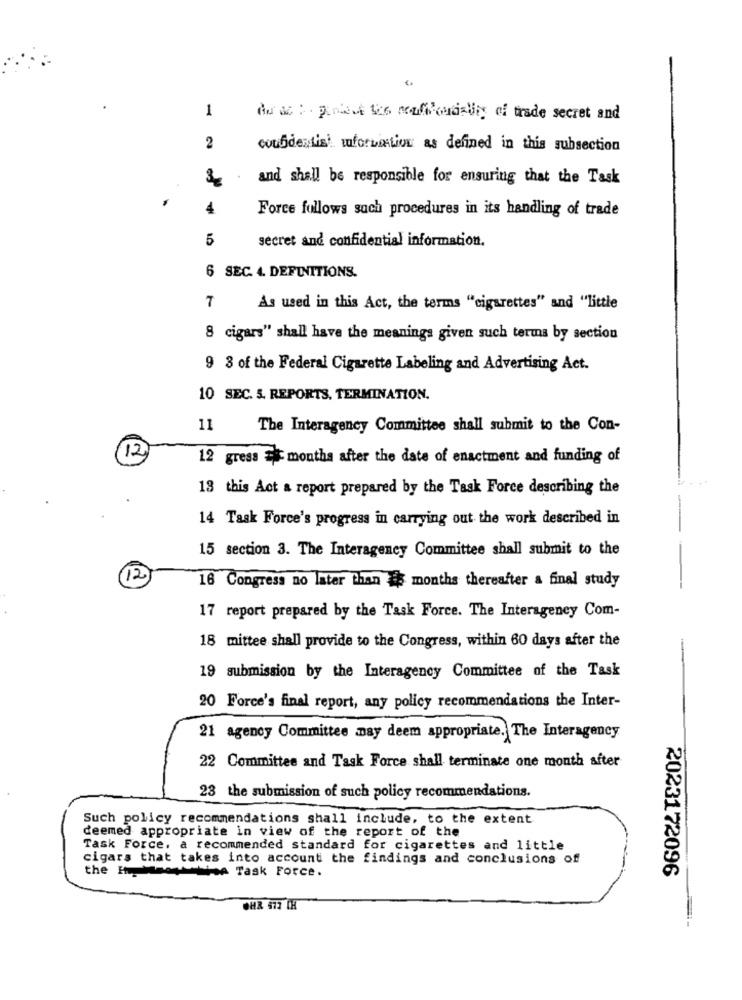
1
du ac : pendant les noufilouality of trade secret and
2
confidentisi forLiation as defined in this subsection
and shall be responsible for ensuring that the Task
4
Force follows such procedures in its handling of trade
5
secret and confidential information.
6 SEC. 4. DEFINITIONS.
7 As used in this Act, the terms "cigarettes" and "little
8 cigars" shall have the meanings given such terms by section
9 3 of the Federal Cigarette Labeling and Advertising Act.
10 SEC. 5. REPORTS, TERMINATION.
11
The Interagency Committee shall submit to the Con-
12
12 gress Ei months after the date of enactment and funding of
13 this Act a report prepared by the Task Force describing the
14 Task Force's progress in carrying out the work described in
15 section 3. The Interagency Committee shall submit to the
12
16 Congress no later than 4 months thereafter & final study
17 report prepared by the Task Force. The Interagency Com-
18 mittee shall provide to the Congress, within 60 days after the
19 submission by the Interagency Committee of the Task
20 Force's final report, any policy recommendations the Inter-
21 agency Committee may deem appropriate. The Interagency
22 Committee and Task Force shall terminate one month after
23 the submission of such policy recommendations.
Such policy recommendations shall include, to the extent
deemed appropriate in view of the report of the
Task Force. a recommended standard for cigarettes and little
cigars that takes into account the findings and conclusions of
the How the Task Force.
2023172096